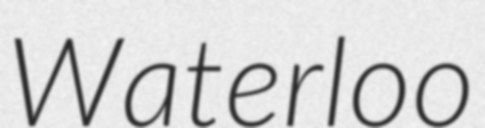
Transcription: Waterloo